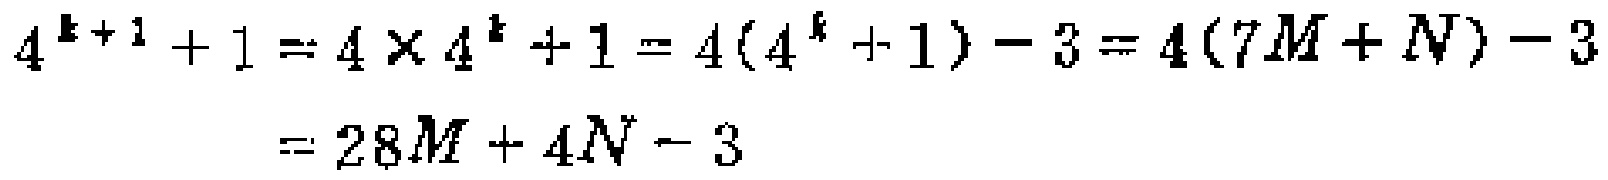
\[

\begin{align*}

4^{k + 1}+1&=4\times4^{k}+1 = 4(4^{k}+1)-3=4(7M + N)-3\\

&=28M + 4N-3

\end{align*}

\]